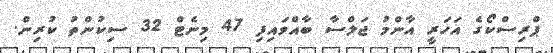
ޕްރިސްކޯގެ އަހަރީ އާންމު ޖަލްސާ ބާއްވައިފި 47 މިނެޓް 32 ސިކުންތު ކުރިން.